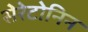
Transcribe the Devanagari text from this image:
सेरेटोनिन